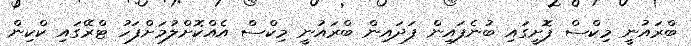
ބްރައުނީ މިކްސް ފޮށީގައި ބުނެފައިން ފަދައިން ބްރައުނީ މިކްސް އެއްކޮށްލުމަށްފަހު ޓްރޭގައި ކްކިން